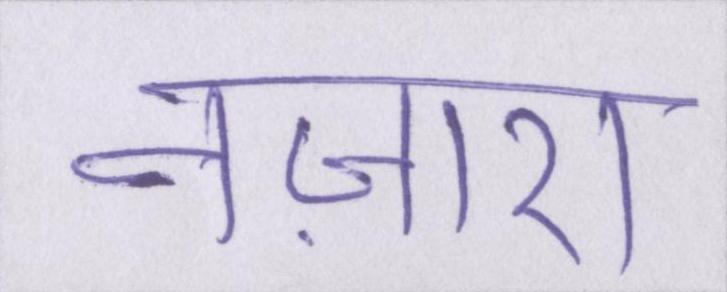
नज़ारा